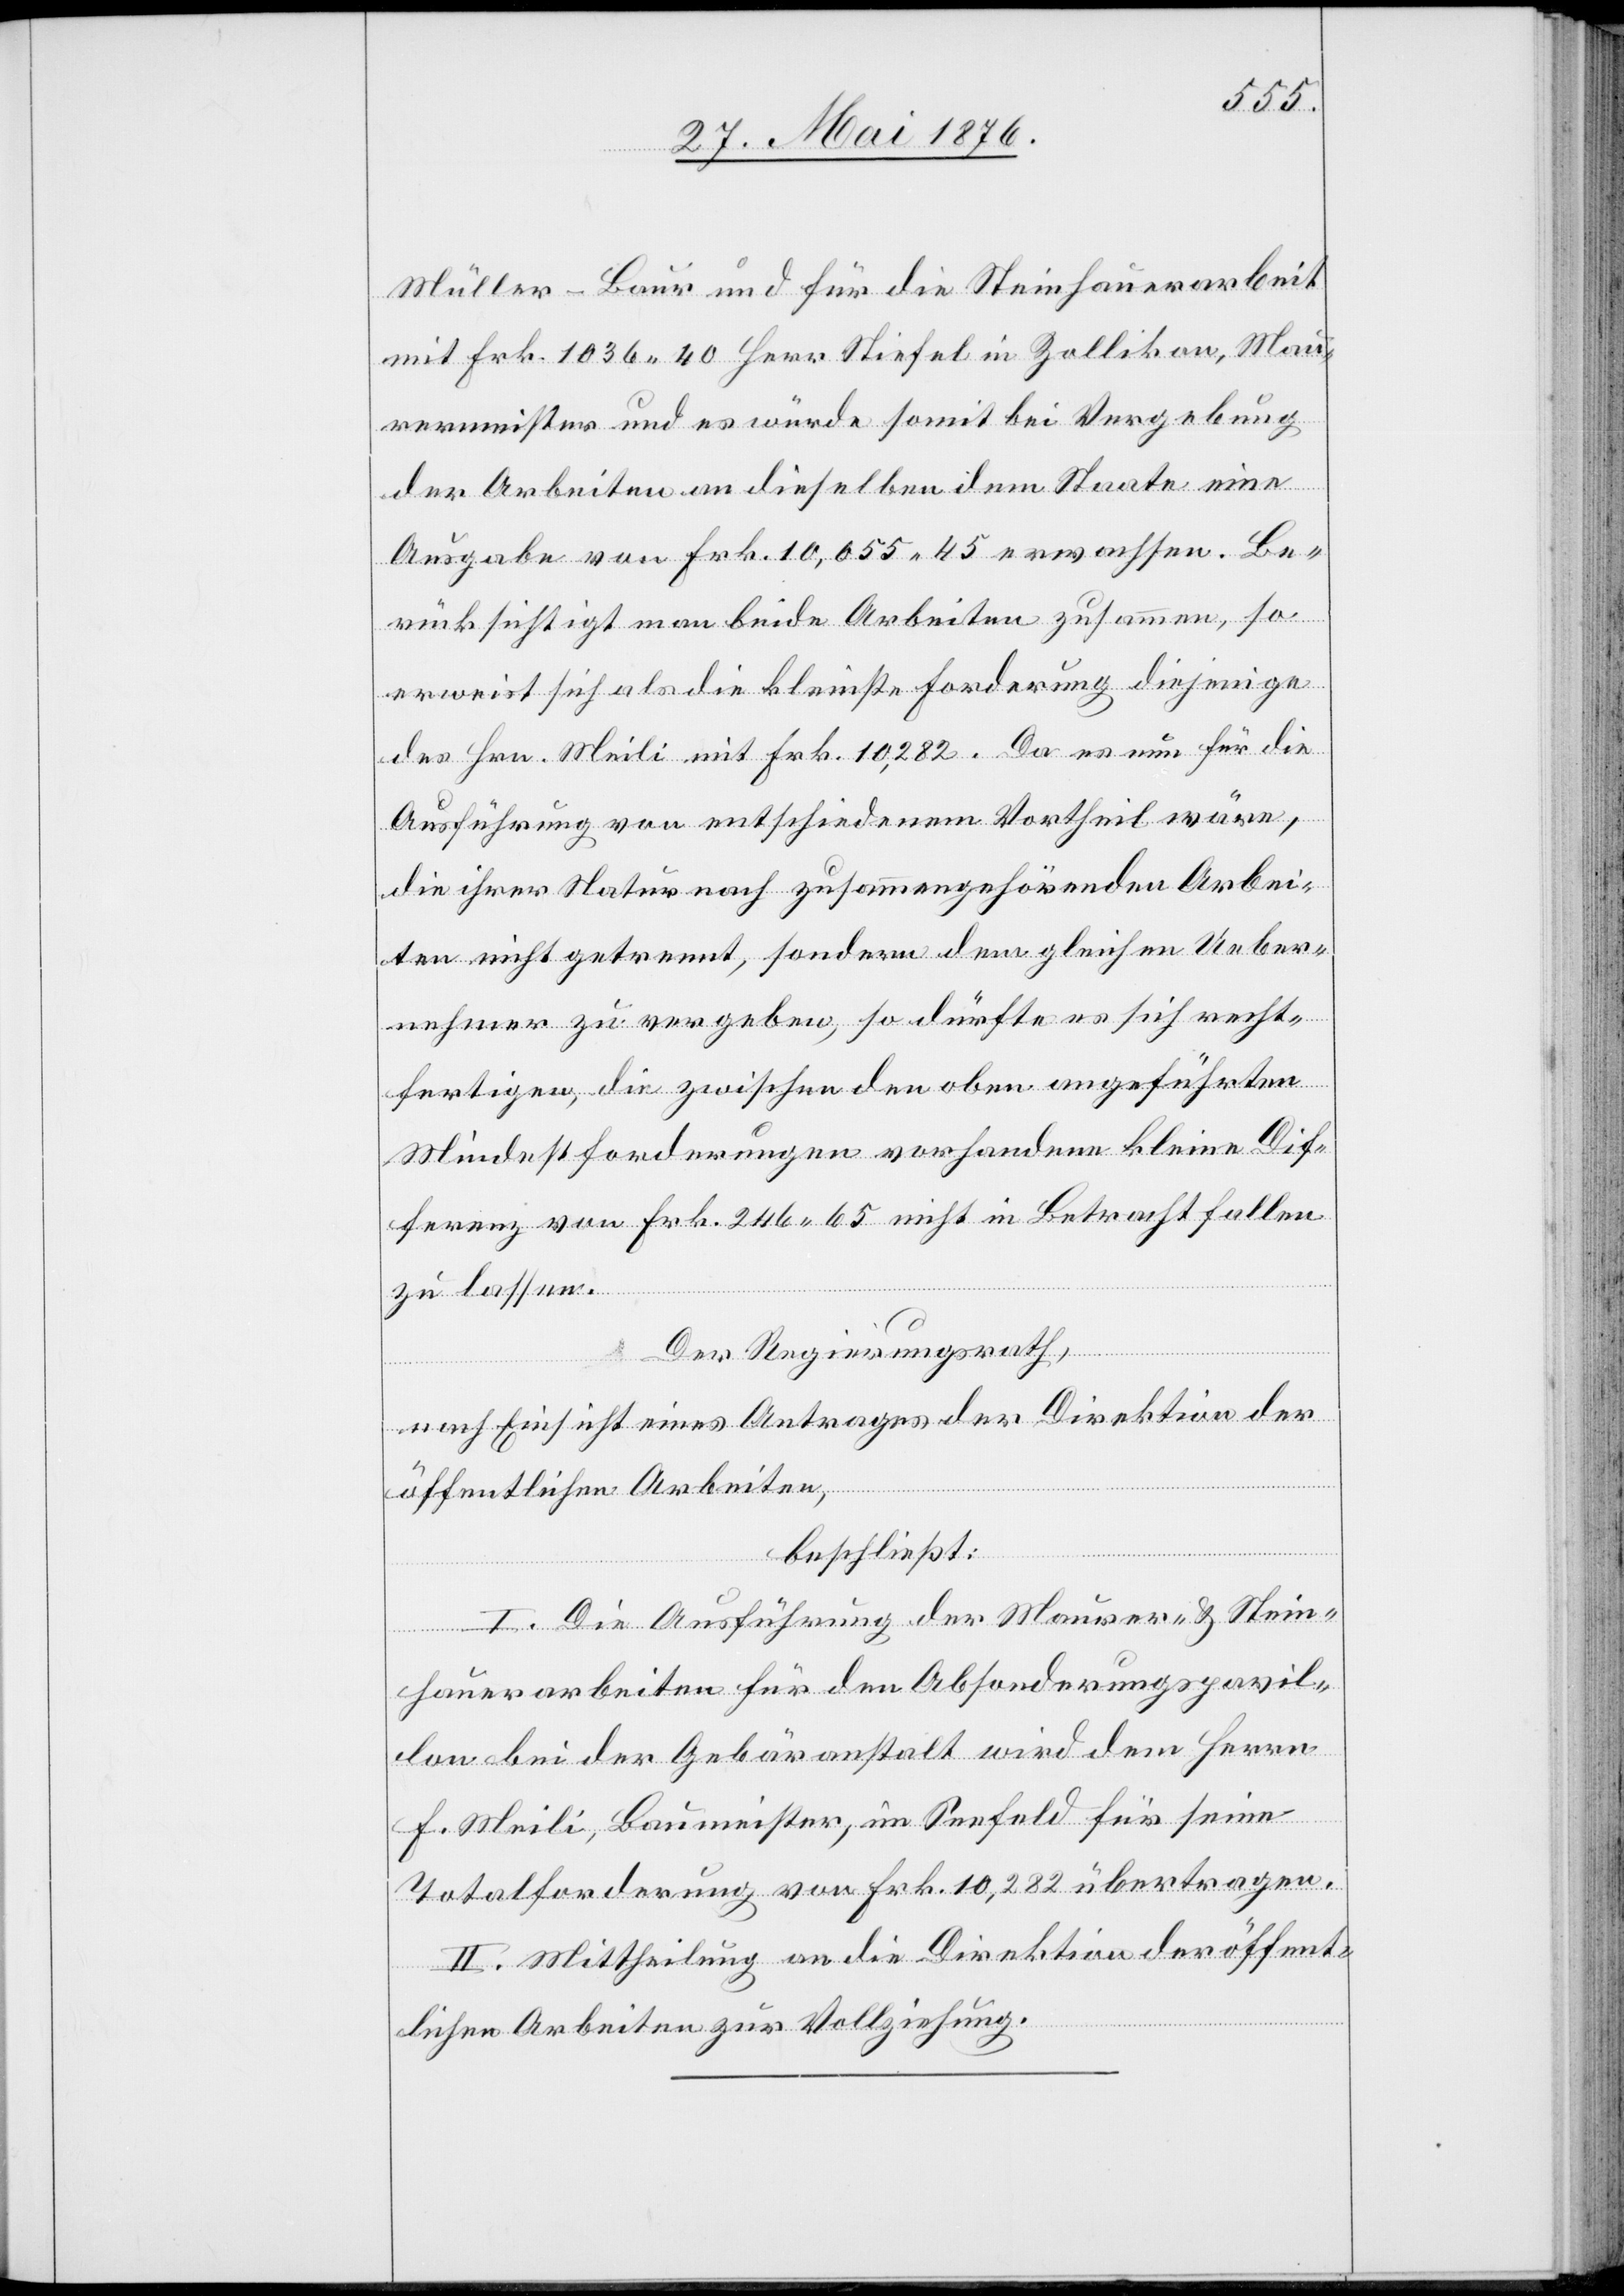
Müller-Baur und für die Steinhauerarbeit
mit Frk. 1036 40 Herr Stiefel in Zollikon, Mau¬
rermeister und es würde somit bei Vergebung
der Arbeiten an dieselben dem Staate eine
Ausgabe von Frk. 10,055 45 erwachsen. Be¬
rücksichtigt man beide Arbeiten zusammen, so
erweist sich als die kleinste Forderung diejenige
des Hrn. Meili mit Frk. 10,282. Da es nun für die
Ausführung von entschiedenem Vortheil wäre,
die ihrer Natur nach zusammengehörenden Arbei¬
ten nicht getrennt, sondern dem gleichen Ueber¬
nehmer zu vergeben, so dürfte es sich recht¬
fertigen, die zwischen den oben angeführten
Mindestforderungen vorhandene kleine Dif¬
ferenz von Frk. 246 65 nicht in Betracht fallen
zu lassen.
Der Regierungsrath,
nach Einsicht eines Antrages der Direktion der
öffentlichen Arbeiten,
beschließt:
I. Die Ausführung der Maurer- & Stein¬
hauerarbeiten für den Absonderungspavil¬
lon bei der Gebäranstalt wird dem Herrn
F. Meili, Baumeister, im Seefeld für seine
Totalforderung von Frk. 10,282 übertragen.
II. Mitteheilung an die Direktion der öffent¬
lichen Arbeiten zur Vollziehung.